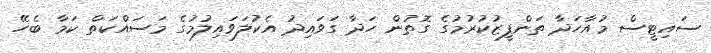
ސައިޓީސް މުއާހަދާ ތަންފީޒުކުުރުމުގެ ގޮތުން ހަދާ ގަވައިދު އެކުލަވައިލުމުގެ މަސައްކަތް ކަމާ ބެހޭ